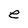
Character: e